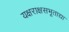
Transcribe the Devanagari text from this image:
यक्षराक्षसभूताद्या